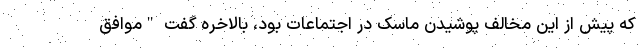
که پیش از این مخالف پوشیدن ماسک در اجتماعات بود، بالاخره گفت "موافق